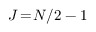
J \! = \! N / 2 - 1